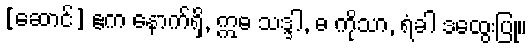
[ဆောင်] ဧက နောက်ရှိ, ဣဓ သဒ္ဒါ, ဓ ကိုသာ, ရံခါ ဒထွေးပြု။